Lunatic asylums Madras 1892-1911 - 1892-1911
Year: 1892
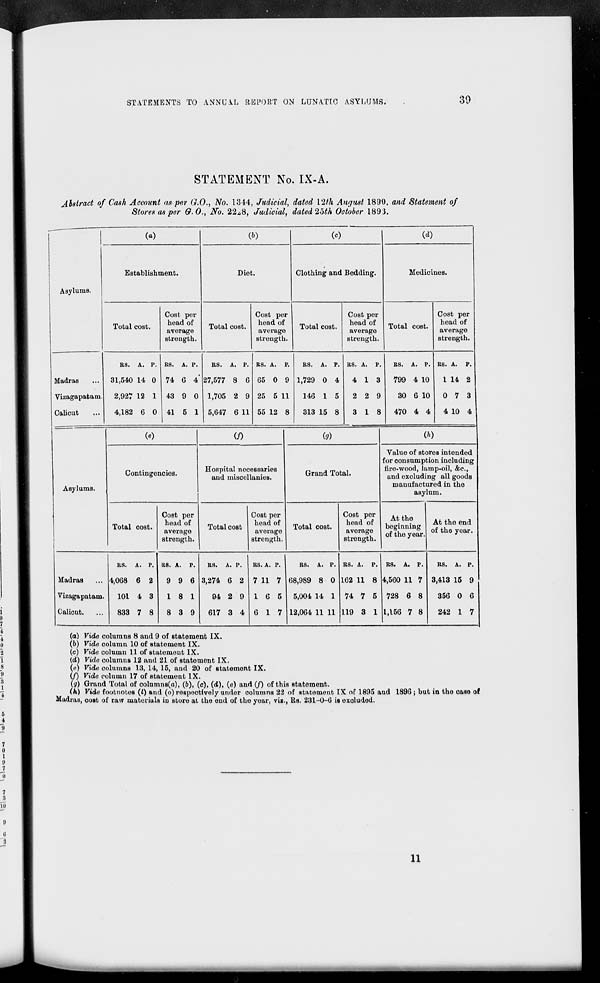
STATEMENTS TO ANNUAL REPORT ON LUNATIC ASYLUMS.
30
STATEMENT No. IX-A.
Abstract of Cash Account as per G.O., No. 1344, Judicial, dated V2th August 1890, and Statement of
Stores as per G.O., No. 22^8, Judicial, dated 2oth October 1893.
(a)
(b)
(o)
(d)
Establishment.
Diet.
Clothing and Bedding.
Medicines.
Asylums.
Total cost.
Cost per
head of
average
strength.
Total cost.
Cost per
head of
average
strength.
Total cost.
Cost per
head of
average
strength.
Total cost.
Cost per
head of
average
strength.
KS. A. P. KS. A. P.
Its. A. P. BS. A. P
BS. A. P. BS. A. P.
BS. A. P. BS. A. p.
Madras
31,540 14 0 74 6 4" 27,577 8 6 65 0 9 1,729 0 4
4 13
799 4 10
1 14 2
Vizagapafcam.
2,927 12 1 43 9 0 1,705 2 9 25 5 11
146 1 5
2 2 9
30 6 10
0 7 3
Calicut
4,182 6 0 41 5 1 5,647 6 11 55 12 8
313 15 8
3 18
470 4 4
4 10 4
00
(/)
(g)
00
Value of stores intended
Asylums.
Contingencies.
Hospital necessaries
and miscellanies.
Grand Total.
for consumption including
lire-wood, lamp-oil, &c,
and excluding all goods
manufactured in the
asylum.
Total cost.
Cost per
head of
average
strength.
Total cost
Cost per
head of
average
strongth.
Total cost.
Cost per
head of
average
strength.
At the
beginning
of the yoar.
At the end
of the yoar.
BS. A. P. us. A. P.
BS. A. P.
BS. A. P.
BS. A. P. BS. A. P. ES. A. P.
BS. A. p.
Madras
4,068 6 2
9 9 6 3,274 6 2 7 11 7 68,989 8 0 162 11 8 4,560 11 7 3,413 15 9
Vizagapatam.
101 4 3
18 1
94 2 9 16 5
5,004 14 1 74 7 5 728 6 8
356 0 6
Calicut.
833 7 8
8 3 9
617 3 4 6 17 12,064 11 11 119 3 1 1,156 7 8
242 1 7
(a) Vide columns 8 aud 9 of statement IX.
(b) Vide column 10 of statement IX.
(c) Vide column 11 of statement IX.
(d) Vide columns 12 and 21 of statemont IX.
(«) Vide columns 13, 14, 15, and 20 of statemont IX.
(/) Vide column 17 of statemont IX.
(g) Grand Total of columns(a), (b), (c), (d), (e) and (/) of this statement.
(h) Vide footnotes (i) and (o) respectively under columns 22 of statement IX of 1895 aud 1896; but in the oaso of
Madias, cost of raw materials iu store at the eud of tho year, viz., Rs. 231-0-6 is exoluded.
11